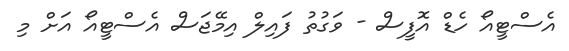
އެސްޓީއޯ ހެޑް އޮފީސް - ވަގުތު ފައިލް އިމޭޖަސް އެސްޓީއޯ އަށް މި